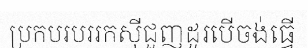
ប្រកបរបររកស៊ីជួញដូរបើចង់ធ្វើ